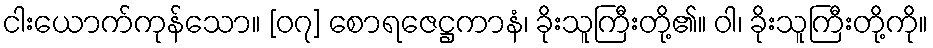
ငါးယောက်ကုန်သော။ [၀၇] စောရဇေဋ္ဌကာနံ၊ ခိုးသူကြီးတို့၏။ ဝါ၊ ခိုးသူကြီးတို့ကို။